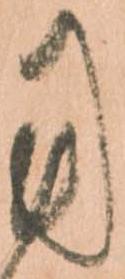
用